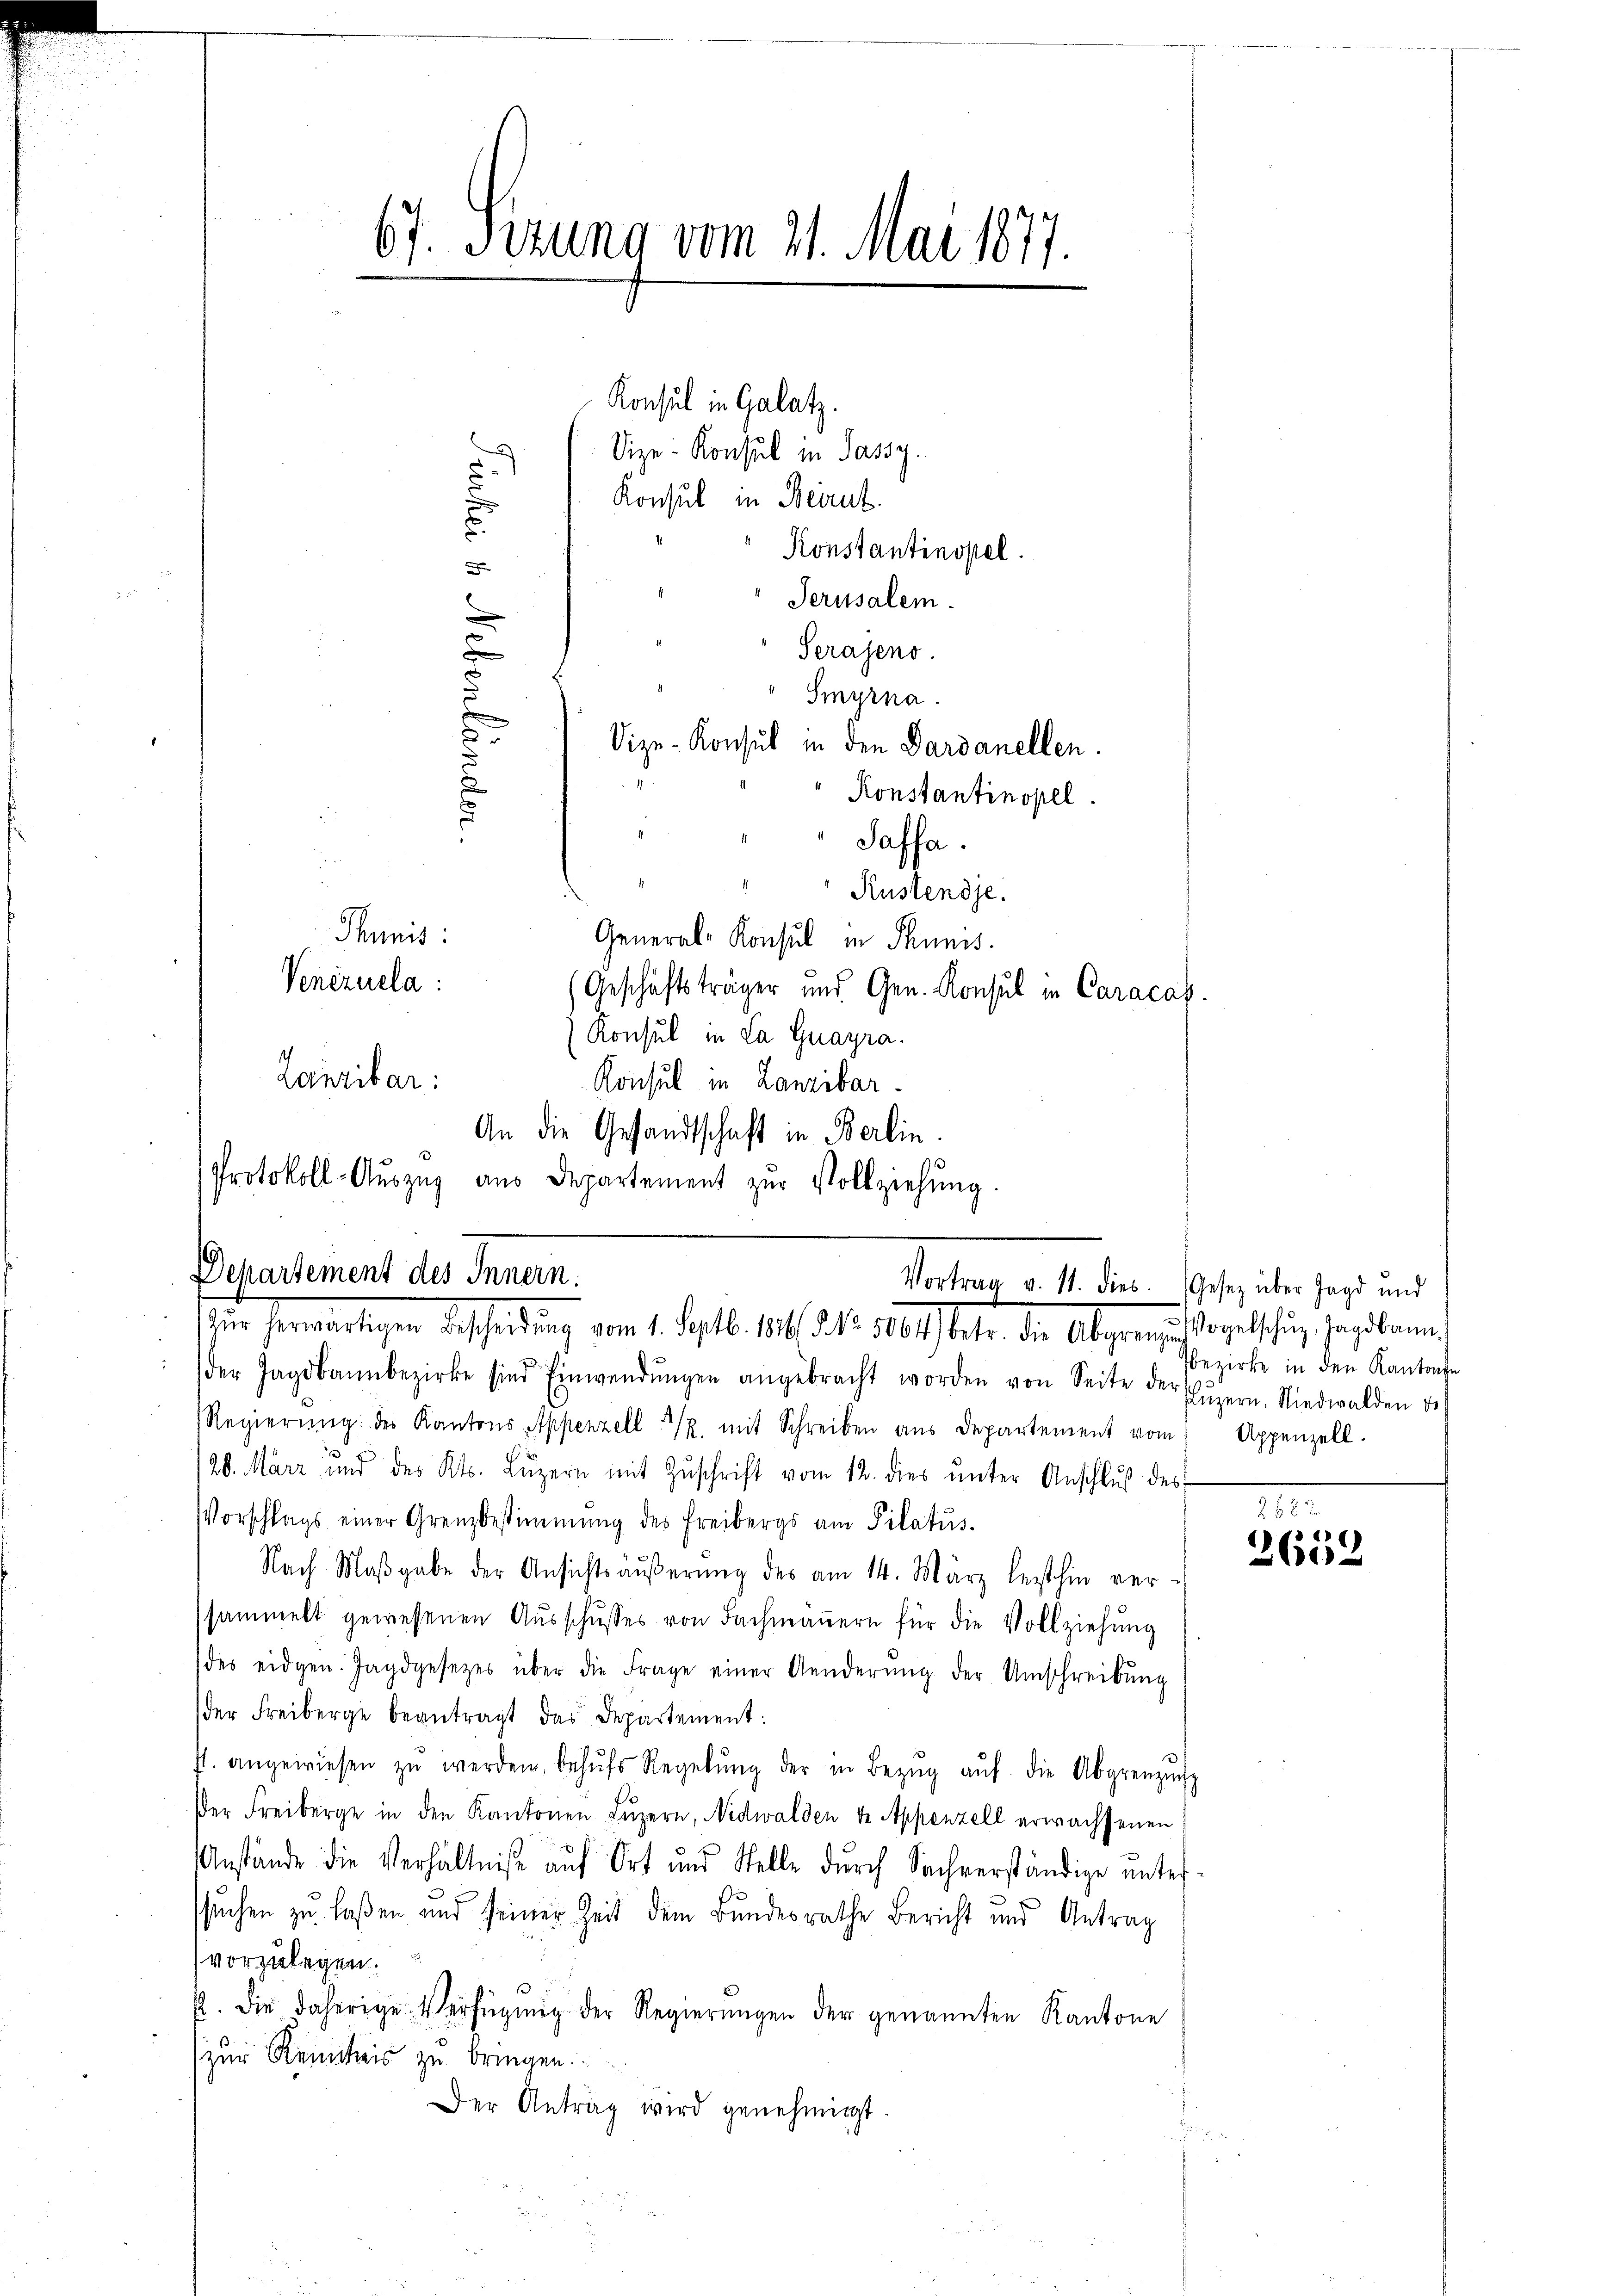
67. Sezung vom 21. Mai 1877.

Konsul in Galatz.
Vize-Konsul in Passy.
.
u
Konsul in Beirut.
Konstantinopel.
A
Perusalem.
e
Serajeno.
d
Smyrna.
d
u
Vize-Konsul in den Dardanellen.
Konstantinopel.
.
Saffa.
u
Rustendje.
Thunis:
General-Konsul in Thunis.
Venezuela:
Geschäftsträger und Gen. Konsul in Caracas.
Konsul in La Guayra.
Lanzibar:
Konsul in Lanzibar.
An die Gesandtschaft in Berlin.
Protokoll-Auszug aus Departement zur Vollziehung

Departement des Innern.
Vortrag v. 11. dies. (Gesetz über Jagd und
ir herwärtigen Bescheidung vom 1. Septbr. 1891 des 1814. betr. die Abgericht gelten, gegebenen

der Tagebann bezirke sind Einwendŭngen angebracht worden von Seite der Luzern, Nidwalden d
Regierŭng des Kantons Appenzell 1/2 mit Schreiben aus Departement vom Appenzell.
20. März und des Kts. Lŭzern mit Zŭschrift vom 12. dies ŭnter Anschlŭβ des
Vorschlags einer Grenzbestimmung des Freibergs am Pilatus¬
Nach Maβgabe der Ansichtsäŭβerŭng des am 14. März lezthin ver-
sammelt gewesenen Ausschusses von Fachmannern für die Vollziehung
des eidgen. Jagdgesetzes über die Frage einer Aenderŭng der Umschreibŭng
der Freiberge beantragt das Departement:
f. angewiesen zŭ werden, behŭfs Regelŭng der in Bezŭg aŭf die Abgrenzŭng
er Freiberge in den Kantonen Lŭzern, Nidwalden 4. Appenzell erwachsenen
Anstände die Verhältniße auf Ort und Stelle dŭrch Sachverständige unter-
ssuchen zu laßen und seiner Zeit dem Bundesrathe Bericht und Antrag
vorzulegen.
p. die daherige Verfügŭng der Regierŭngen der genannten Kantone
zur Reinheis zu bringen.
Der Antrag wird genehmigt.

bezirke in den Kantone

III.
e
2602